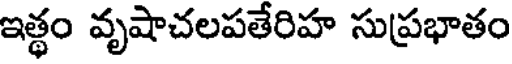
ఇత్థం వృషాచలపతేరిహ సుప్రభాతం